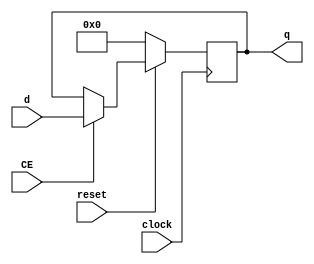
`timescale 1ns / 1ps

module dff16_SyncReset (clock, CE, d, q, reset);
	input clock;
	input CE;
	input [15:0] d;
	input reset;
	output reg [15:0] q; 


always @ (posedge clock)
	begin
		
		if(!reset) 
			q <= 16'b0000000000000000; 
		else
			if ( CE == 1)
				q <= d;	
	end

endmodule